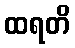
ထရတိ